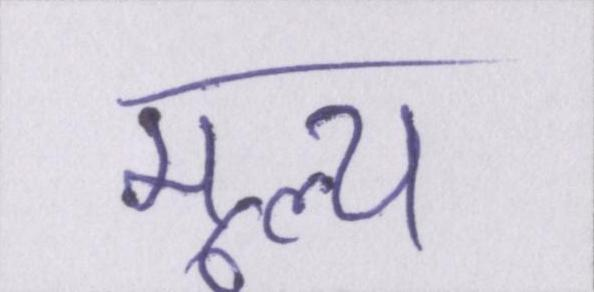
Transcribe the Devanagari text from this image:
मूल्य